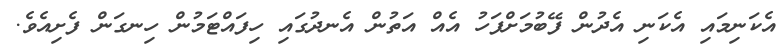
އެކަނިމައި އެކަނި އެދުން ފޭބުމަށްފަހު އެއް އަތުން އެނދުގައި ހިފައްޓަމުން ހިނގަން ފެށިއެވެ.